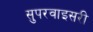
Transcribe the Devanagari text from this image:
सुपरवाइसरी